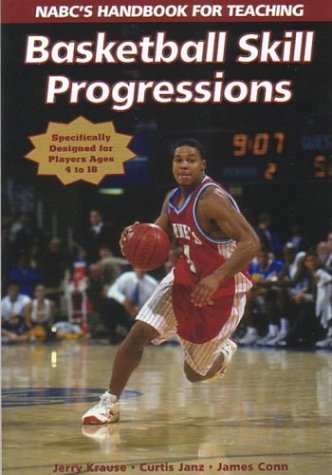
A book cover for Basketball Skill Progressions; Jerry Krause; Sports & Outdoors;